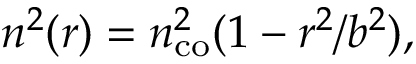
n ^ { 2 } ( r ) = n _ { \mathrm { c o } } ^ { 2 } ( 1 - r ^ { 2 } / b ^ { 2 } ) ,